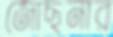
জোছনার